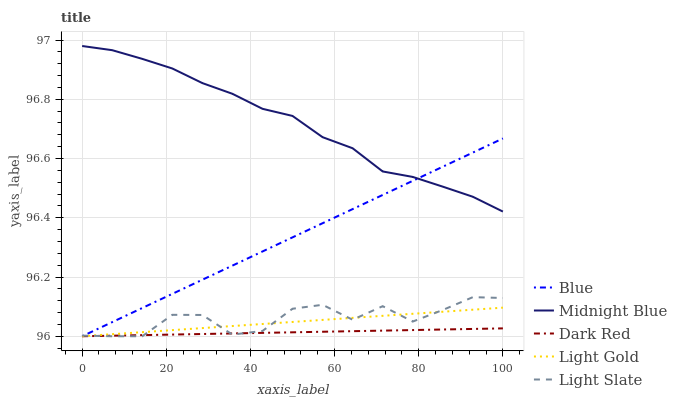
| xaxis_label | Blue | Midnight Blue | Dark Red | Light Gold | Light Slate |
 | --- | --- | --- | --- | --- | --- |
 | 0 | 96 | 97 | 96 | 96 | 96 |
 | 7.14 | 96 | 97 | 96 | 96 | 96 |
 | 14.3 | 96.1 | 96.9 | 96 | 96 | 96 |
 | 21.4 | 96.1 | 96.9 | 96 | 96 | 96.1 |
 | 28.6 | 96.2 | 96.9 | 96 | 96 | 96.1 |
 | 35.7 | 96.2 | 96.8 | 96 | 96 | 96 |
 | 42.9 | 96.3 | 96.8 | 96 | 96 | 96 |
 | 50 | 96.3 | 96.7 | 96 | 96 | 96.1 |
 | 57.1 | 96.4 | 96.7 | 96 | 96.1 | 96.1 |
 | 64.3 | 96.4 | 96.6 | 96 | 96.1 | 96.1 |
 | 71.4 | 96.5 | 96.6 | 96 | 96.1 | 96.1 |
 | 78.6 | 96.5 | 96.5 | 96 | 96.1 | 96 |
 | 85.7 | 96.6 | 96.5 | 96 | 96.1 | 96.1 |
 | 92.9 | 96.6 | 96.5 | 96 | 96.1 | 96.1 |
 | 100 | 96.7 | 96.4 | 96 | 96.1 | 96.1 |